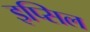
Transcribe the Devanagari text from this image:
इप्सिल